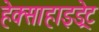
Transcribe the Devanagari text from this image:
हेक्साहाइड्रेट